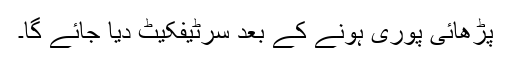
پڑھائی پوری ہونے کے بعد سرٹیفکیٹ دیا جائے گا۔